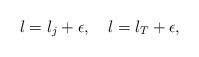
\begin{align*}l=l_j+\epsilon,\quad l=l_T+\epsilon,\end{align*}